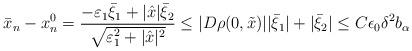
LaTeX: \begin{align*}\bar{x}_n - x_n^0 = \frac{- \varepsilon_1 \bar{\xi}_1 + |\hat{x}| \bar{\xi}_2}{\sqrt{\varepsilon_1^2 + |\hat{x}|^2}} \leq |D \rho (0, \tilde{x})| |\bar{\xi}_1| + |\bar{\xi}_2| \leq C \epsilon_0 \delta^2 b_\alpha\end{align*}